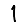
Digit: 1